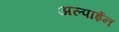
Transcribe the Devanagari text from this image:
अल्पाईन